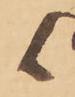
候